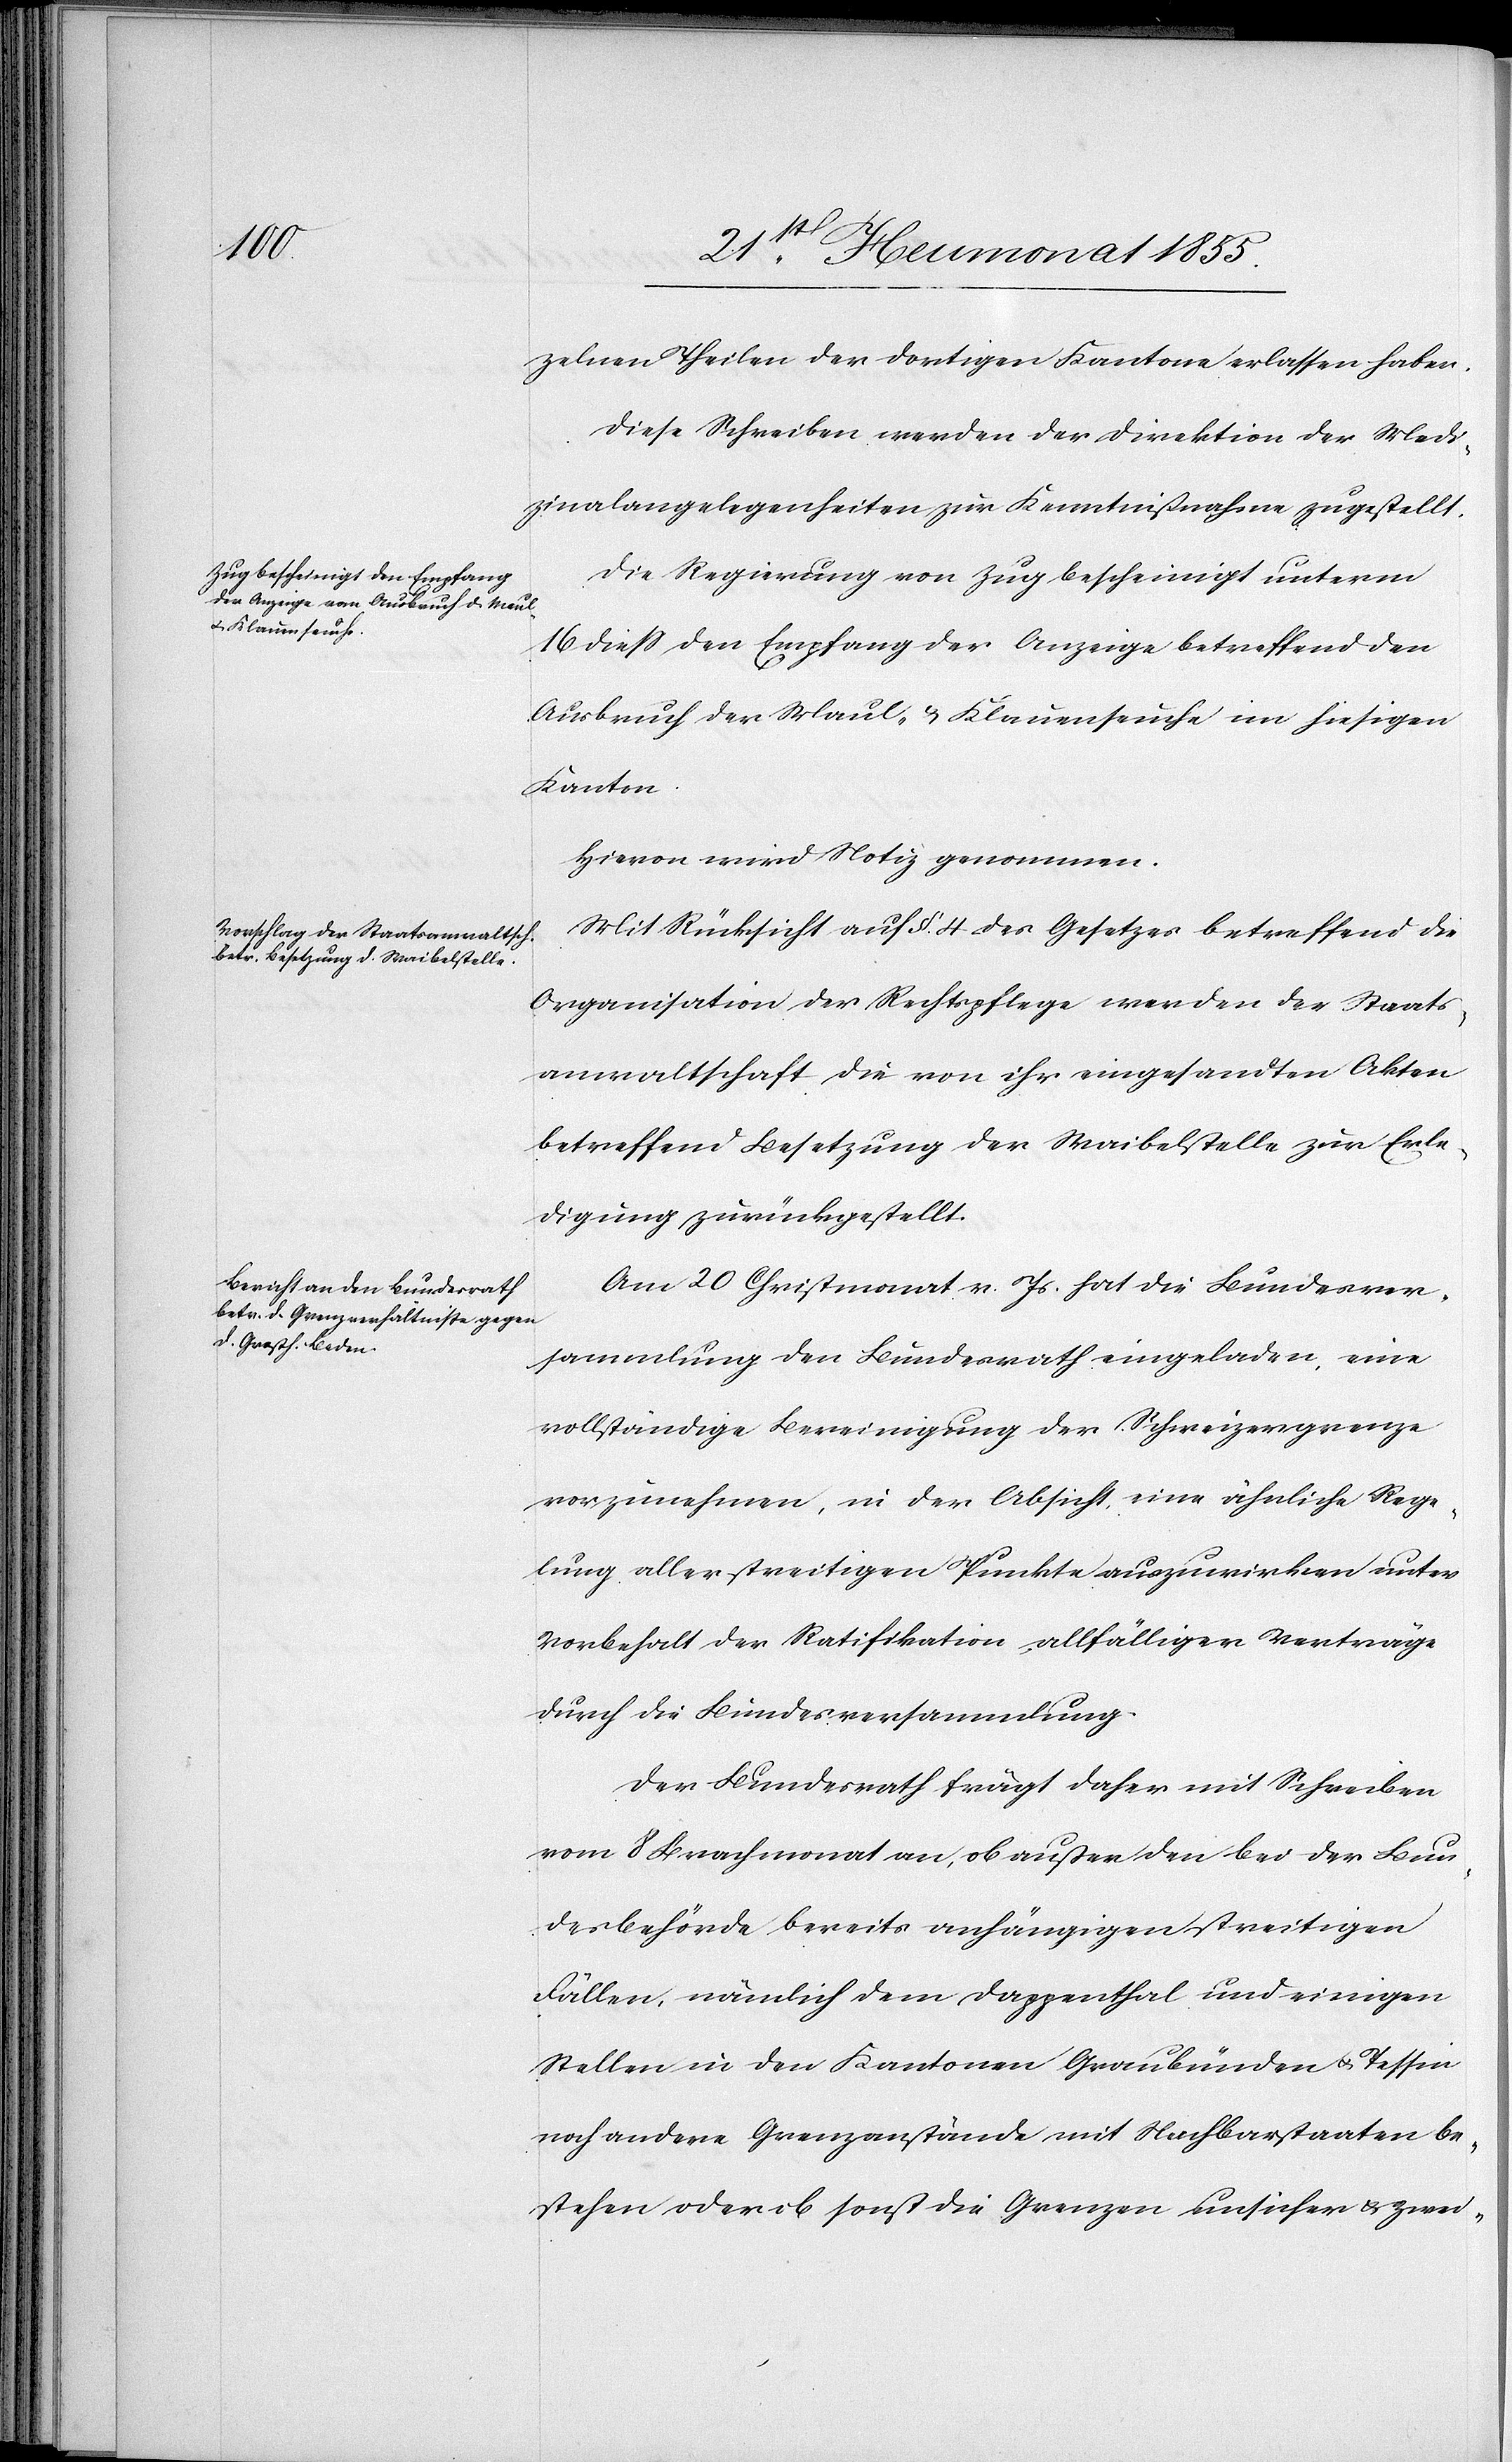
zelnen Theilen der dortigen Kantone erlassen haben.
Diese Schreiben werden der Direktion der Medi¬
zinalangelegenheiten zur Kenntnißnahme zugestellt.
Die Regierung von Zug bescheinigt unterm
16 diess den Empfang der Anzeige betreffend den
Ausbruch der Maul- & Klauenseuche im hiesigen
Kanton.
Hievon wird Notiz genommen.
Mit Rücksicht auf §. 4. des Gesetzes betreffend die
Organisation der Rechtspflege werden der Staats¬
anwaltschaft die von ihr eingesandten Akten
betreffend Besetzung der Waibelstelle zur Erle¬
digung zurückgestellt.
Am 20 Christmonat v. Js. hat die Bundesver¬
sammlung den Bundesrath eingeladen, eine
vollständige Bereinigung der Schweizergrenze
vorzunehmen, in der Absicht, eine ähnliche Rege¬
lung aller streitigen Punkte auszuwirken unter
Vorbehalt der Ratifikation allfälliger Verträge
durch die Bundesversammlung.
Der Bundesrath frägt daher mit Schreiben
vom 8 Brachmonat an, ob außer den bei der Bun¬
desbehörde bereits anhängigen streitigen
Fällen, nämlich dem Dappenthal und einigen
Stellen in den Kantonen Graubünden & Tessin
noch andere Grenzanstände mit Nachbarstaaten be¬
stehen oder ob sonst die Grenzen unsicher & zwei-